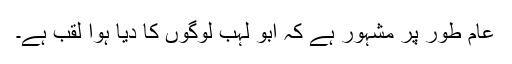
عام طور پر مشہور ہے کہ ابو لہب لوگوں کا دیا ہوا لقب ہے۔